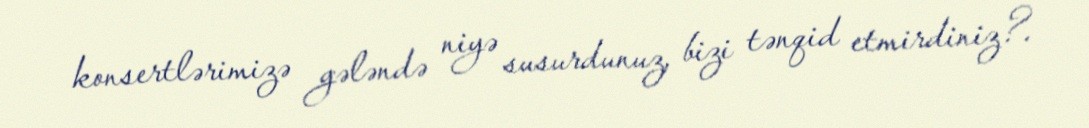
konsertlərimizə gələndə niyə susurdunuz, bizi tənqid etmirdiniz?.